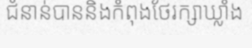
ជំនាន់បាននិងកំពុងថែរក្សាឃ្លាំង